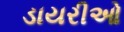
ડાયરીઓ